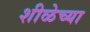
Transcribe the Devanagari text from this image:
शीळेच्या